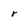
Character: r